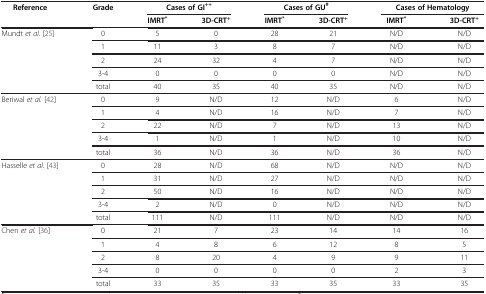
<table><thead><tr><td rowspan="2"><b>Reference</b></td><td rowspan="2"><b>Grade</b></td><td colspan="2"><b>Cases of GI<sup>++</sup></b></td><td colspan="2"><b>Cases of GU<sup>#</sup></b></td><td colspan="2"><b>Cases of Hematology</b></td></tr><tr><td><b>IMRT<sup>*</sup></b></td><td><b>3D-CRT<sup>+</sup></b></td><td><b>IMRT<sup>*</sup></b></td><td><b>3D-CRT<sup>+</sup></b></td><td><b>IMRT<sup>*</sup></b></td><td><b>3D-CRT<sup>+</sup></b></td></tr></thead><tbody><tr><td rowspan="5">Mundt <i>et al.</i>[25]</td><td>0</td><td>5</td><td>0</td><td>28</td><td>21</td><td>N/D</td><td>N/D</td></tr><tr><td>1</td><td>11</td><td>3</td><td>8</td><td>7</td><td>N/D</td><td>N/D</td></tr><tr><td>2</td><td>24</td><td>32</td><td>4</td><td>7</td><td>N/D</td><td>N/D</td></tr><tr><td>3-4</td><td>0</td><td>0</td><td>0</td><td>0</td><td>N/D</td><td>N/D</td></tr><tr><td>total</td><td>40</td><td>35</td><td>40</td><td>35</td><td>N/D</td><td>N/D</td></tr><tr><td rowspan="5">Beriwal <i>et al.</i>[42]</td><td>0</td><td>9</td><td>N/D</td><td>12</td><td>N/D</td><td>6</td><td>N/D</td></tr><tr><td>1</td><td>4</td><td>N/D</td><td>16</td><td>N/D</td><td>7</td><td>N/D</td></tr><tr><td>2</td><td>22</td><td>N/D</td><td>7</td><td>N/D</td><td>13</td><td>N/D</td></tr><tr><td>3-4</td><td>1</td><td>N/D</td><td>1</td><td>N/D</td><td>10</td><td>N/D</td></tr><tr><td>total</td><td>36</td><td>N/D</td><td>36</td><td>N/D</td><td>36</td><td>N/D</td></tr><tr><td rowspan="5">Hasselle <i>et al.</i>[43]</td><td>0</td><td>28</td><td>N/D</td><td>68</td><td>N/D</td><td>N/D</td><td>N/D</td></tr><tr><td>1</td><td>31</td><td>N/D</td><td>27</td><td>N/D</td><td>N/D</td><td>N/D</td></tr><tr><td>2</td><td>50</td><td>N/D</td><td>16</td><td>N/D</td><td>N/D</td><td>N/D</td></tr><tr><td>3-4</td><td>2</td><td>N/D</td><td>0</td><td>N/D</td><td>N/D</td><td>N/D</td></tr><tr><td>total</td><td>111</td><td>N/D</td><td>111</td><td>N/D</td><td>N/D</td><td>N/D</td></tr><tr><td rowspan="5">Chen <i>et al.</i>[36]</td><td>0</td><td>21</td><td>7</td><td>23</td><td>14</td><td>14</td><td>16</td></tr><tr><td>1</td><td>4</td><td>8</td><td>6</td><td>12</td><td>8</td><td>5</td></tr><tr><td>2</td><td>8</td><td>20</td><td>4</td><td>9</td><td>9</td><td>11</td></tr><tr><td>3-4</td><td>0</td><td>0</td><td>0</td><td>0</td><td>2</td><td>3</td></tr><tr><td>total</td><td>33</td><td>35</td><td>33</td><td>35</td><td>33</td><td>35</td></tr></tbody></table>